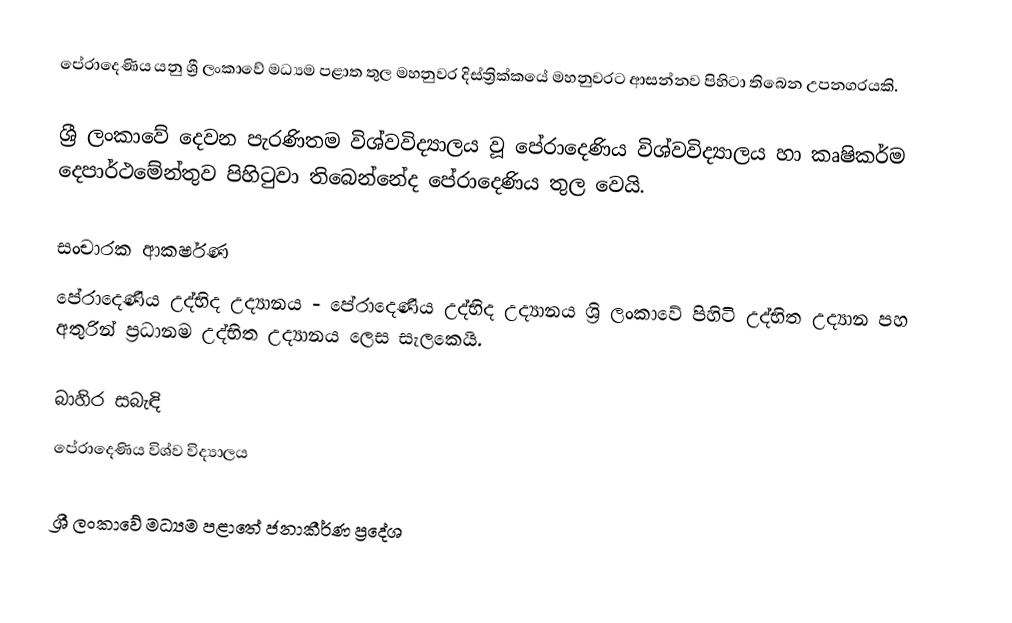
පේරාදෙණිය යනු ශ්‍රී ලංකාවේ මධ්‍යම පළාත තුල මහනුවර දිස්ත්‍රික්කයේ මහනුවරට ආසන්නව පිහිටා තිබෙන උපනගරයකි.

ශ්‍රී ලංකාවේ දෙවන පැරණිතම විශ්වවිද්‍යාලය වූ පේරාදෙණිය විශ්වවිද්‍යාලය හා කෘෂිකර්ම දෙපාර්ථමේන්තුව පිහිටුවා තිබෙන්නේද පේරාදෙණිය තුල වෙයි.

සංචාරක ආකර්ෂණ
පේරාදෙණිය උද්භිද උද්‍යානය - පේරාදෙණිය උද්භිද උද්‍යානය ශ්‍රි ලංකාවේ පිහිටි උද්භිත උද්‍යාන පහ අතුරින් ප්‍රධානම උද්භිත උද්‍යානය ලෙස සැලකෙයි.

බාහිර සබැඳි
පේරාදෙණිය විශ්ව විද්‍යාලය

ශ්‍රී ලංකාවේ මධ්‍යම පළාතේ ජනාකීර්ණ ප්‍රදේශ